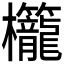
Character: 𬅚